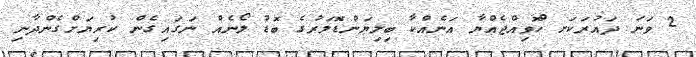
2 ވަނަ ދައުރަކަށ ްހޮވިއްޖެއްޔާ އަނެއްކާ ބިލިޔަންޑޮލަރުގެ ބޮޑު ލޯނެއް ނަގައިގެން ކުރިޔަށްގެންދާނި